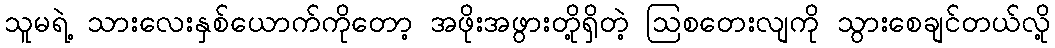
သူမရဲ့ သားလေးနှစ်ယောက်ကိုတော့ အဖိုးအဖွားတို့ရှိတဲ့ ဩစတေးလျကို သွားစေချင်တယ်လို့